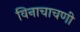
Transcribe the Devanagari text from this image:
विनाचाचणी